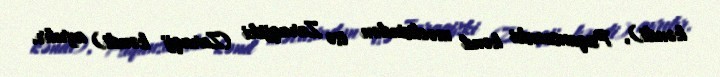
kəndi), Psıqansuevski kənd məclisindən isə Zaraqijski (Zaraqij kəndi) ayrılır.